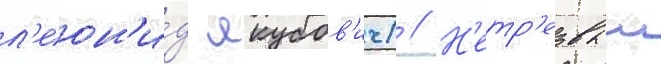
л'еон'и́д якубов'ич) // Н'етр'езвыи